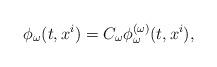
LaTeX: \begin{align*}\phi_\omega(t,x^i)=C_\omega\phi^{(\omega)}_\omega(t,x^i),\end{align*}